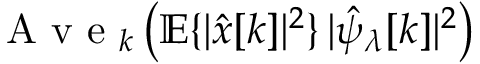
\mathrm { ~ A ~ v ~ e ~ } _ { k } \left( { \mathbb E } \{ | \hat { x } [ k ] | ^ { 2 } \} \, | \hat { \psi } _ { \lambda } [ k ] | ^ { 2 } \right)